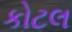
કોટલ